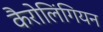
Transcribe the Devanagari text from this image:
कैरोलिंगियन